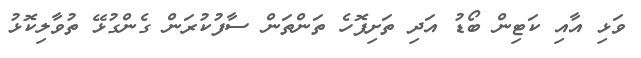
ވަޅި އާއި ކަޓިން ބޯޑު އަދި ތަށިފޮހެ ތަންތަން ސާފުކުރަން ގެންގުޅޭ ތުވާލިކޮޅު